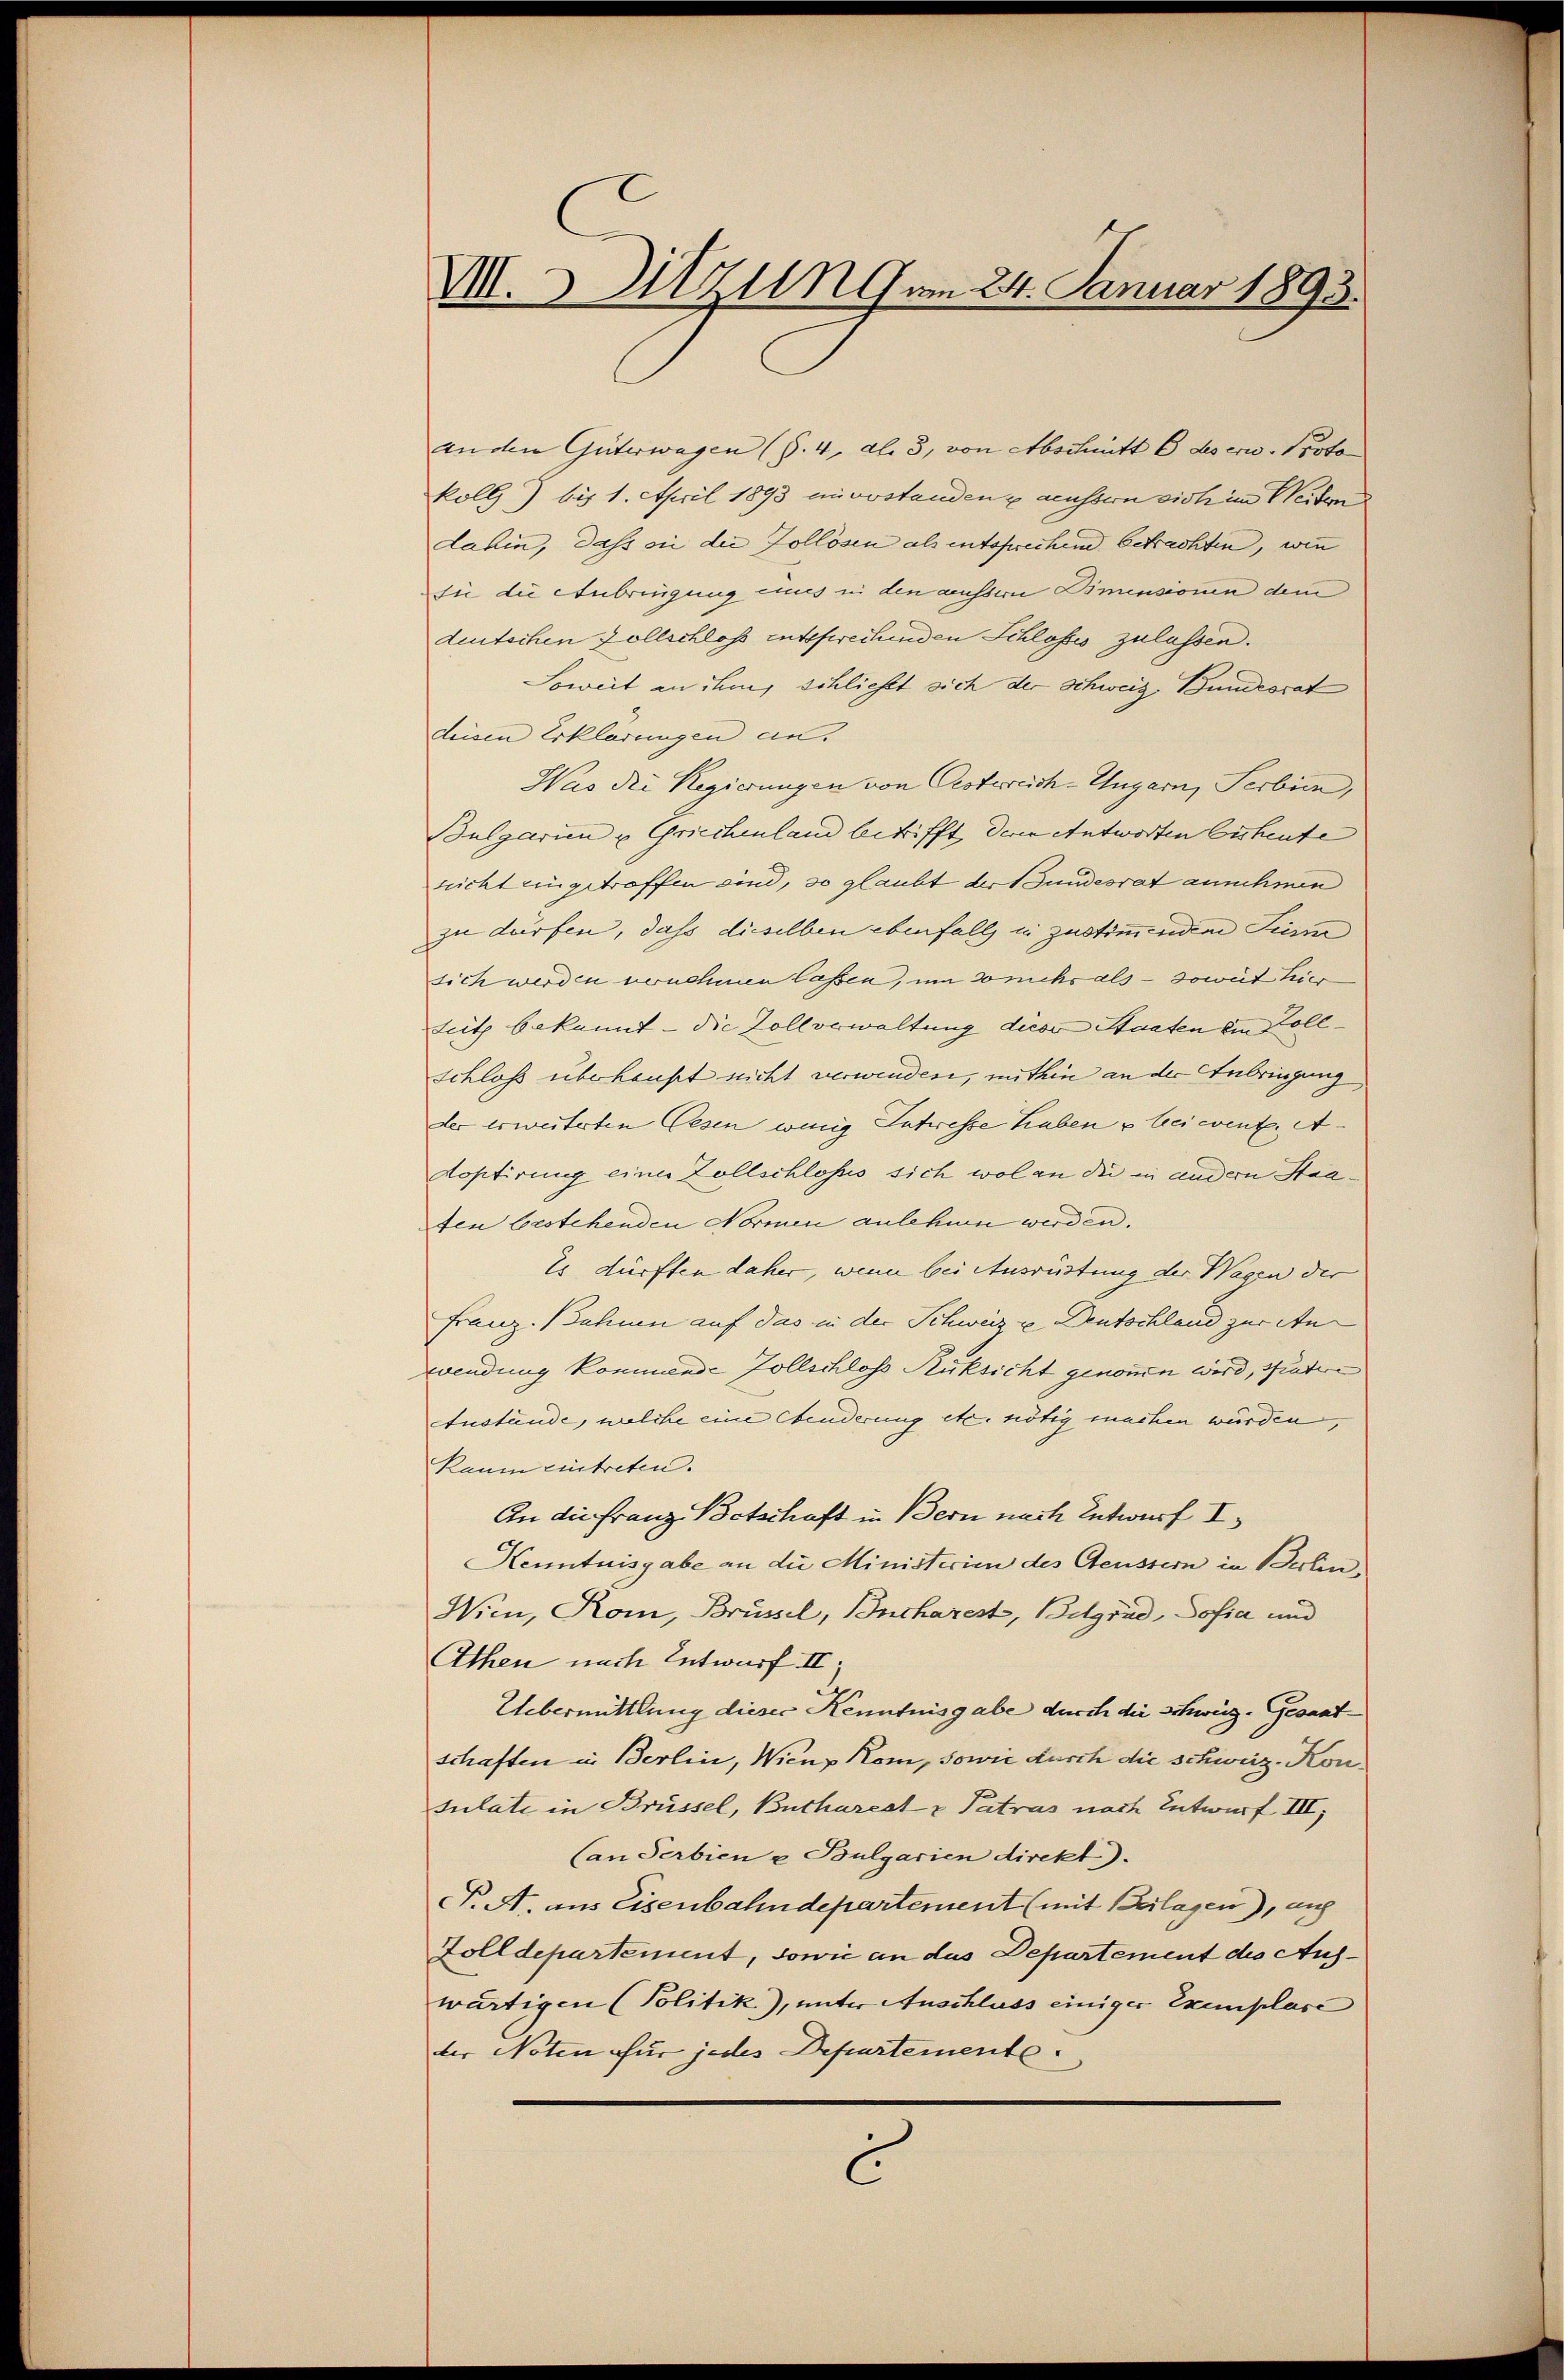
VIII. Mitzung am 24. Januar 1893.

anden Güterwagen (§. 4. Al. 3, von Abschnitt C des erw. Proto
koll) bis 1. April 1893 unvorstanden & aeussern sich im Weitern
dahin, dass ein die Zollösen als entsprechend betrachten, wie
sie die Anbringung eines in den aussern Dimensionen dem
deutschen Zollschloss entsprechenden Schlosses zulassen.
Soweit an ihm schließt sich der Schweiz, Bundesrat
deisen Erklärungen an¬
Was die Regierungen von Oesterreich-Ungarn, Serbien,
Bulgarien u Griechenland betrifft der Antworten Cuheute
nicht eingetreffen sind, so glaubt der Bundesrat annehmen
zu dürfen, dass dieselben ebenfalls in zustimmenden Tessin,
sich werden ernehmen lassen, um so nichs als – soweit hier
teit bekannt – die Zollorwaltung diese Staaten ein Zollschloss überhaupt nicht verwenden, mithin an der Anbringung
der erweiterten Wesen wenig Interesse haben & bei event. A
Koptirung eines Zollschlosses sich wol an die in andern Staafen bestehenden Normen anlehnen werden.
Es dürften daher, wenn bei Ausrüstung der Wagen der
Franz. Bahnen auf das in der Schweiz u Deutschland zur Anwendung kommen. Zollschloss Rüksicht genomen wird, spätere
Anstände, welche eine Abenderung etc. nötig machen würden,
Raum eintreten.
An die Franz Betschaft in Bern nach Entwurf I
Kenntnisgabe an die Ministerien des Aeussern in Berlin
Wien, Rom, Brüssel, Bucharest, Belgrad, Sofia und
Athen nach Entwurf. II,
Uebermittlung dieser Kenntnisgabe durch die Schweiz. Gesantschaften in Berlin, Wienz Rom, sowie durch die schweiz. Konsulate in Brüssel, Bucharest u Patras nach Entwurf III,
Canderbien u. Bulgarien direkt).
C. A. aus Eisenbahndepartement (mit Beilagen), auf
Zolldepartement, sowie an das Departement des Auswärtigen (Politik), unter Anschluss einiger Exemplare
der Noten für jedes Departemente.
C